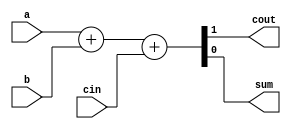
module f_adder(
    input a, b, cin,
    output cout, sum );

    assign {cout, sum} = a + b + cin;

endmodule

module top_module(
    input [2:0] a, b,
    input cin,
    output [2:0] cout,
    output [2:0] sum );

    f_adder add1(a[0], b[0], cin, cout[0], sum[0]);
    f_adder add2(a[1], b[1], cout[0], cout[1], sum[1]);
    f_adder add3(a[2], b[2], cout[1], cout[2], sum[2]);

endmodule